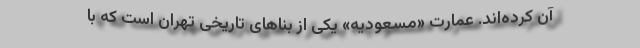
آن کرده‌اند. عمارت «مسعودیه» یکی از بناهای تاریخی تهران است که با